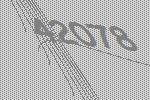
42078